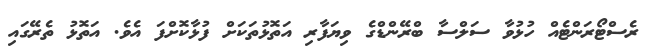
ރެސްޓޯރަންޓެއް ހުޅުވާ ސަލްސާ ބްރޭންޑްގެ ވިޔަފާރި އަތޮޅުތަކަށް ފުޅާކޮށްފަ އެވެ. އަތޮޅު ތެރޭގައި